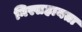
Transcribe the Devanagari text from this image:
निस्सहायता